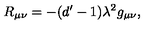
R _ { \mu \nu } = - ( d ^ { \prime } - 1 ) \lambda ^ { 2 } g _ { \mu \nu } ,